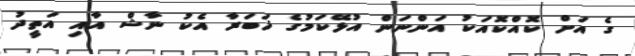
ގެ އަށް ކޮއްކޮއަކު އަންނަން އުޅޭކަމުގެ ޚަބަރާ އެކު ނާޝް އާއި އަތީދު